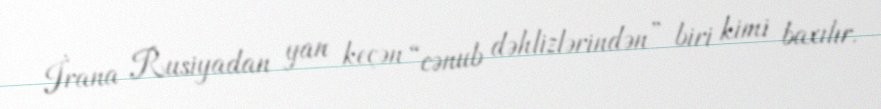
İrana Rusiyadan yan keçən “cənub dəhlizlərindən” biri kimi baxılır.